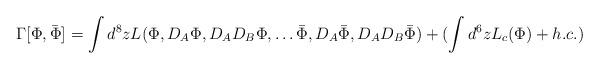
LaTeX: \begin{align*}\Gamma[\Phi,\bar{\Phi}] = \int d^8z L(\Phi,D_A\Phi,D_AD_B\Phi,\ldots \bar{\Phi},D_A\bar{\Phi},D_AD_B\bar{\Phi}) + (\int d^6z L_c(\Phi) + h.c.)\end{align*}